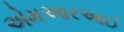
એમઆરઆઈ